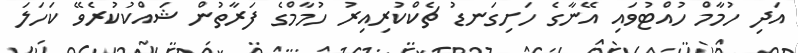
އަދި ހުމާމް ހުއްޓުވައި އޭނާގެ ހަށިގަނޑު ޗެކްކުރިއިރު ހުމާމްގެ ފަރާތުން ޝައްކުކުރެވޭ ކަހަލަ